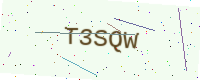
Text: T3SQW